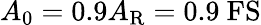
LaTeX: A_{0}=0.9A_{\mathrm{R}}=0.9~\mathrm{FS}